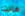
فانت